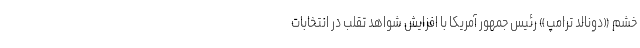
خشم «دونالد ترامپ» رئیس جمهور آمریکا با افزایش شواهد تقلب در انتخابات